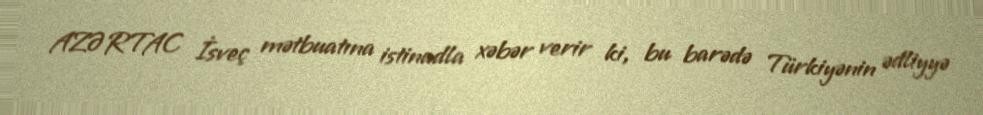
AZƏRTAC İsveç mətbuatına istinadla xəbər verir ki, bu barədə Türkiyənin ədliyyə